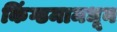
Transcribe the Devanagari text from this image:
किंग्डमामधून